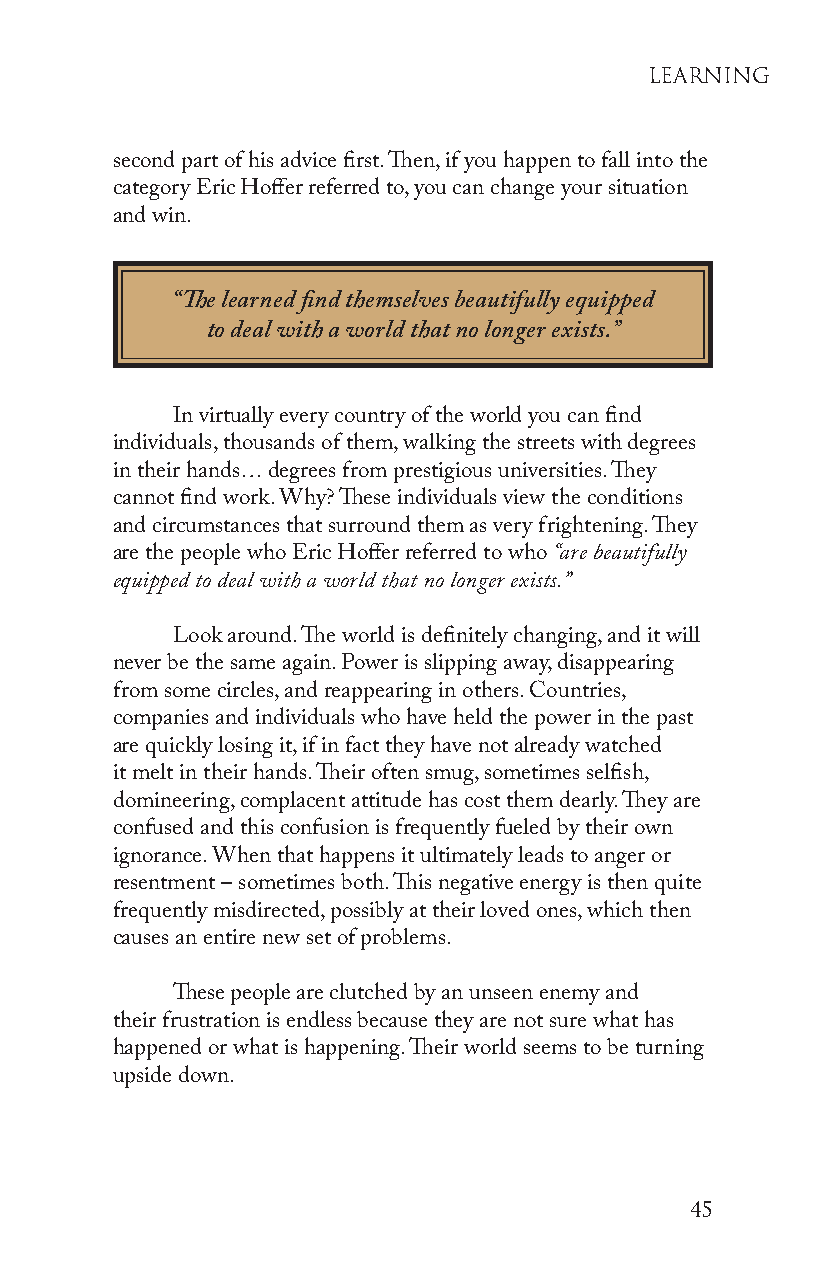
leaRninG
 second part of his advice first. Then, if you happen to fall into the
 category Eric Hoffer referred to, you can change your situation
 and win.
 “The learned find themselves beautifully equipped
 to deal with a world that no longer exists.”
 In virtually every country of the world you can find
 individuals, thousands of them, walking the streets with degrees
 in their hands… degrees from prestigious universities. They
 cannot find work. Why? These individuals view the conditions
 and circumstances that surround them as very frightening. They
 are the people who Eric Hoffer referred to who “are beautifully
 equipped to deal with a world that no longer exists.”
 Look around. The world is definitely changing, and it will
 never be the same again. Power is slipping away, disappearing
 from some circles, and reappearing in others. Countries,
 companies and individuals who have held the power in the past
 are quickly losing it, if in fact they have not already watched
 it melt in their hands. Their often smug, sometimes selfish,
 domineering, complacent attitude has cost them dearly. They are
 confused and this confusion is frequently fueled by their own
 ignorance. When that happens it ultimately leads to anger or
 resentment – sometimes both. This negative energy is then quite
 frequently misdirected, possibly at their loved ones, which then
 causes an entire new set of problems.
 These people are clutched by an unseen enemy and
 their frustration is endless because they are not sure what has
 happened or what is happening. Their world seems to be turning
 upside down.
 45